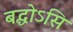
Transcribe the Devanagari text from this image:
बद्धोऽसि